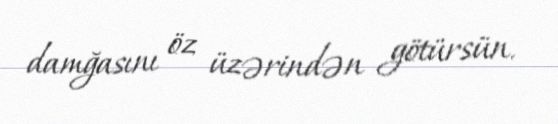
damğasını öz üzərindən götürsün.